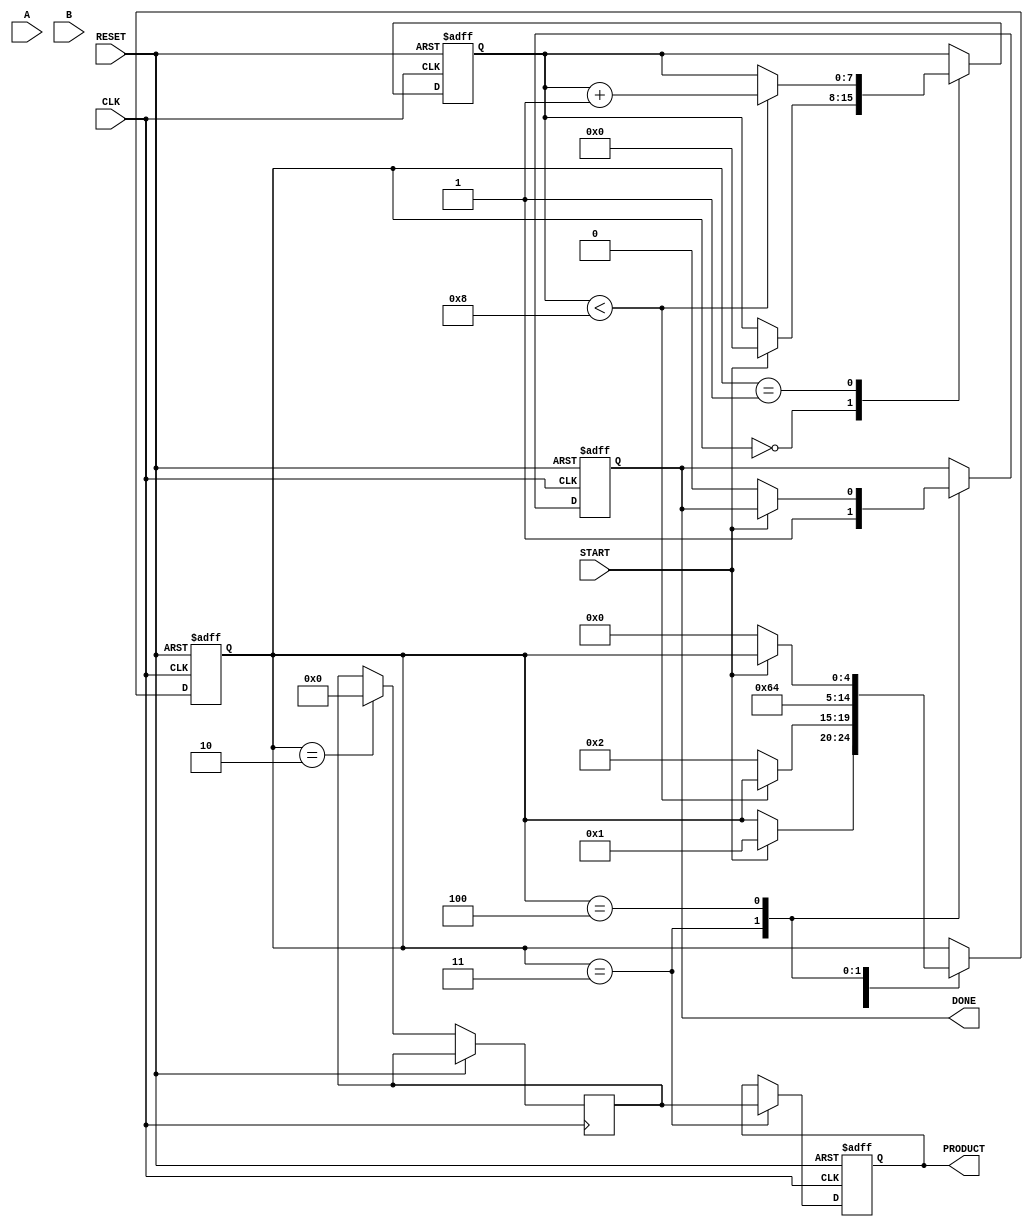
module radix4_wallace_multiplier #(
    parameter n = 8 // Width of the multiplicands
)(
    input wire [n-1:0] A,        // First multiplicand
    input wire [n-1:0] B,        // Second multiplicand
    input wire CLK,               // Clock signal
    input wire START,             // Signal to start multiplication
    input wire RESET,             // Reset signal
    output reg [2*n-1:0] PRODUCT, // Final product
    output reg DONE               // Completion signal
);

    reg [2*n-1:0] partial_products [0:n-1]; // Array to hold partial products
    reg [2*n-1:0] sum [0:n]; // Intermediate sums
    reg [n-1:0] carry [0:n]; // Carry bits
    reg [4:0] state; // State for FSM
    reg [n-1:0] count; // Counter for bits processed
    reg [2*n-1:0] final_sum; // Hold final summation

    localparam IDLE = 0, GENERATE = 1, REDUCE = 2, ADD = 3, DONE_STATE = 4;

    always @(posedge CLK or posedge RESET) begin
        if (RESET) begin
            PRODUCT <= 0;
            DONE <= 0;
            state <= IDLE;
            count <= 0;
        end else begin
            case (state)
                IDLE: begin
                    if (START) begin
                        // Start generating partial products
                        count <= 0;
                        state <= GENERATE;
                    end
                end
                
                GENERATE: begin
                    if (count < n) begin
                        // Generate partial products based on Radix-4
                        case (B[count*2 +: 2]) // Get two bits
                            2'b00: partial_products[count] <= 0;
                            2'b01: partial_products[count] <= A << count;
                            2'b10: partial_products[count] <= (A << count) + (A << count);
                            2'b11: partial_products[count] <= (A << count) + (A << (count + 1));
                        endcase
                        count <= count + 1;
                    end else begin
                        state <= REDUCE;
                    end
                end
                
                REDUCE: begin
                    // Reduce the partial products using carry-save addition
                    // Note: Implement Wallace Tree reduction here
                    // This part requires a specific implementation of the tree structure.
                    // Pseudocode for reductions:
                    // sum[0] <= partial_products[0] + partial_products[1];
                    // carry[0] <= (partial_products[0] & partial_products[1]) >> 1;
                    // Continue reducing until only two operands remain.
                    // For simplicity, this is represented as a placeholder.
                    final_sum <= 0; // Implement the detailed reduction mechanism here.
                    // After reduction, we move to ADD state.
                    state <= ADD;
                end

                ADD: begin
                    // Final addition of the last two reduced values
                    PRODUCT <= final_sum; // This should be the result of final addition
                    DONE <= 1;
                    state <= DONE_STATE;
                end

                DONE_STATE: begin
                    if (!START) begin
                        DONE <= 0;
                        state <= IDLE;
                    end
                end
            endcase
        end
    end
endmodule